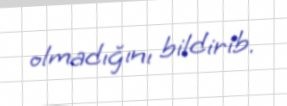
olmadığını bildirib.